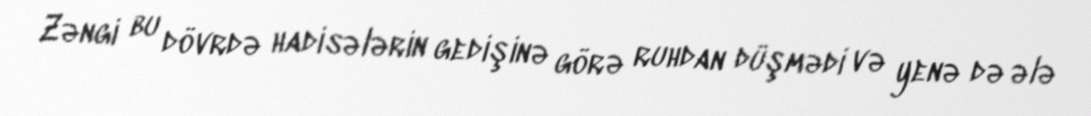
Zəngi bu dövrdə hadisələrin gedişinə görə ruhdan düşmədi və yenə də ələ